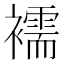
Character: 襦